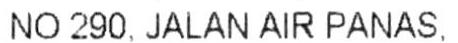
NO 290. JALAN AIR PANAS.